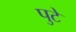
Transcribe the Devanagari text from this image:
पुटे